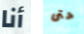
أنا حتى